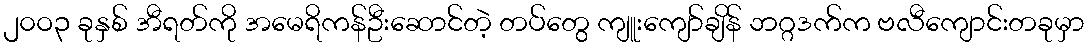
၂၀ဝ၃ ခုနှစ် အီရတ်ကို အမေရိကန်ဦးဆောင်တဲ့ တပ်တွေ ကျူးကျော်ချိန် ဘဂ္ဂဒက်က ဗလီကျောင်းတခုမှာ